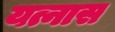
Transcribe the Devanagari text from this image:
यत्नास